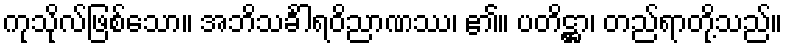
ကုသိုလ်ဖြစ်သော။ အဘိသင်္ခါရဝိညာဏဿ၊ ၏။ ပတိဋ္ဌာ၊ တည်ရာတို့သည်။